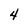
Character: 4